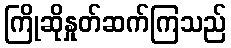
ကြိုဆိုနှုတ်ဆက်ကြသည်